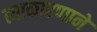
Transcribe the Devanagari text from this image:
त्याकारणाने